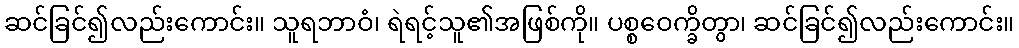
ဆင်ခြင်၍လည်းကောင်း။ သူရဘာဝံ၊ ရဲရင့်သူ၏အဖြစ်ကို။ ပစ္စဝေက္ခိတွာ၊ ဆင်ခြင်၍လည်းကောင်း။